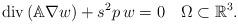
LaTeX: \begin{align*} \operatorname{div}\left(\mathbb{A}\nabla w\right) +s^{2}p\,w = 0 \quad\Omega \subset \mathbb{R}^{3}.\end{align*}